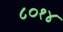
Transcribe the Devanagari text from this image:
८०१४